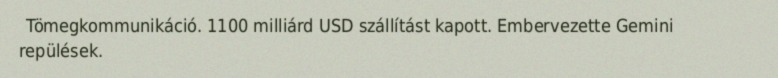
Tömegkommunikáció. 1100 milliárd USD szállítást kapott. Embervezette Gemini repülések.